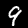
Digit: 9